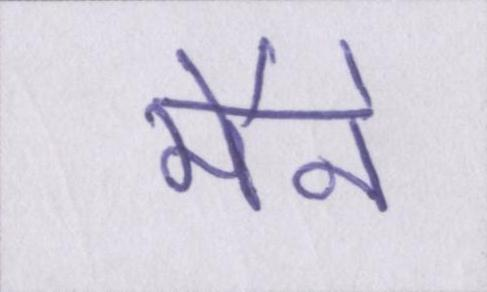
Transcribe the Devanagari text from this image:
मैने